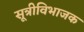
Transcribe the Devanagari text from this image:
सूत्रीविभाजक